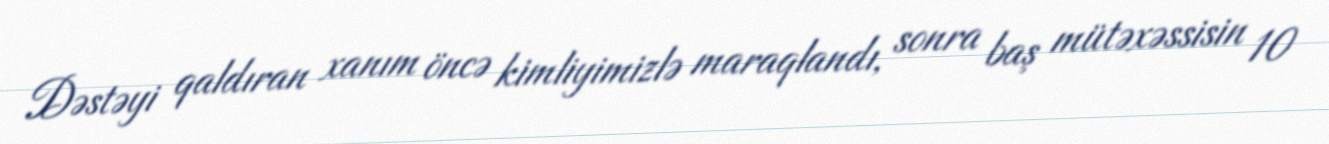
Dəstəyi qaldıran xanım öncə kimliyimizlə maraqlandı, sonra baş mütəxəssisin 10